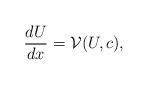
LaTeX: \begin{align*}\frac{dU}{dx} = \mathcal V(U,c),\end{align*}